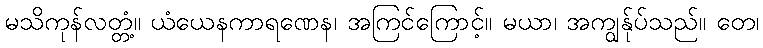
မသိကုန်လတ္တံ့။ ယံယေနကာရဏေန၊ အကြင်ကြောင့်။ မယာ၊ အကျွန်ုပ်သည်။ တေ၊